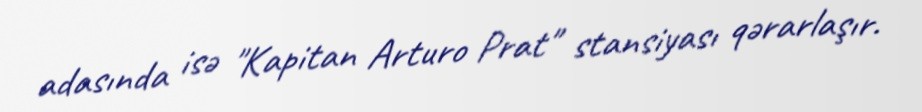
adasında isə "Kapitan Arturo Prat" stansiyası qərarlaşır.